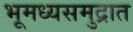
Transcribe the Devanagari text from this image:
भूमध्यसमुद्रात